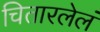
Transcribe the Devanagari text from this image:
चितारलेलं